Civil Veterinary Department Bihar reports 1940-50 - 1940-1950
Year: 1940
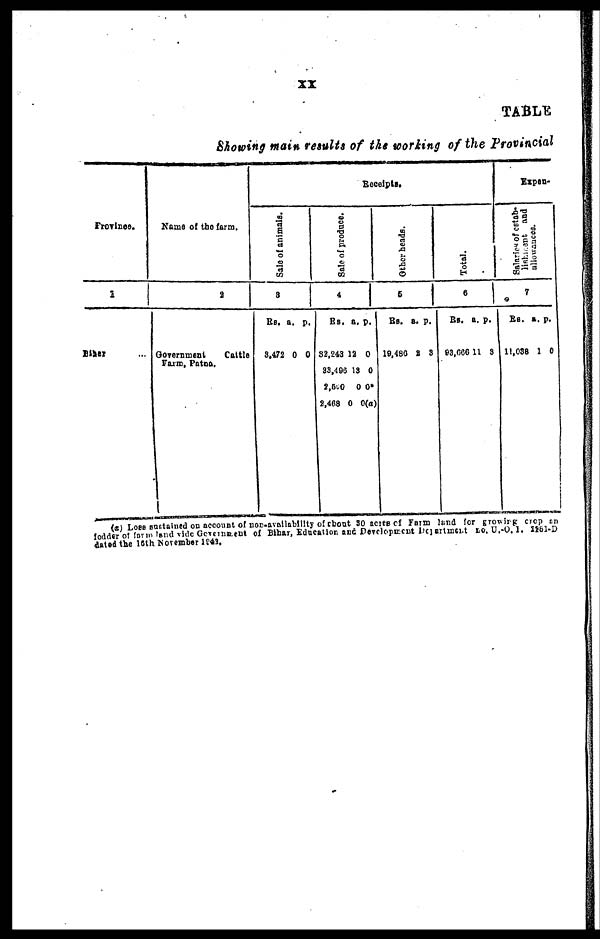
TABLE
Showing main results of the working of the Provincial
Province.
1
Bihar ...
Name of the farm.
2
Government
Cattle
Farm, Patna.
Receipts.
Sale of animals.
3
Rs.
3,472
a.
0
p.
0
Sale of produce.
4
Rs.
32,243
38,496
2,500
2,468
a.
12
13
0
0 0
p.
0
0
0*
(a)
Other heads.
5
Rs.
19,480
a.
2
p.
3
Total.
6
Rs.
93,666
a.
11
p.
3
Expen-
Salaries of estab-
lishment and
allowances.
7
Rs.
11,038
a.
1
p.
0
(c) Loss Sustained on account of non-availability of about 30 acres of Farm land for growing crap an
fodder of form and vide Government of Bihar, Education and Development Department Do. U.-O.-I. 2291-D
dated the 10th November 1943.